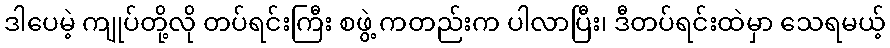
ဒါပေမဲ့ ကျုပ်တို့လို တပ်ရင်းကြီး စဖွဲ့ ကတည်းက ပါလာပြီး၊ ဒီတပ်ရင်းထဲမှာ သေရမယ့်